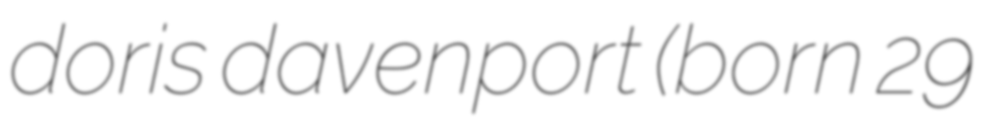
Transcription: doris davenport (born 29